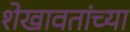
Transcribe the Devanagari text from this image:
शेखावतांच्या